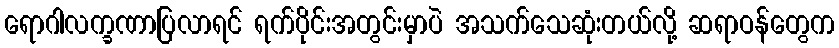
ရောဂါလက္ခဏာပြလာရင် ရက်ပိုင်းအတွင်းမှာပဲ အသက်သေဆုံးတယ်လို့ ဆရာဝန်တွေက